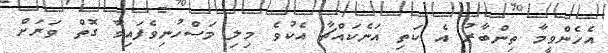
އެހެންވީމާ ތިންބާރު އެ ކަތި އަނެކައްޗާ އެކުވެ މިލި މަސްހުނިވެފައިވާ ގޮތް ވަރަށް